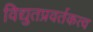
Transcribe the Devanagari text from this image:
विद्युतप्रवर्तकत्व